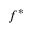
f ^ { * }